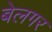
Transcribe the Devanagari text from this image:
बेलगर